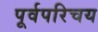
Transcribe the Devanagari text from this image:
पूर्वपरिचय